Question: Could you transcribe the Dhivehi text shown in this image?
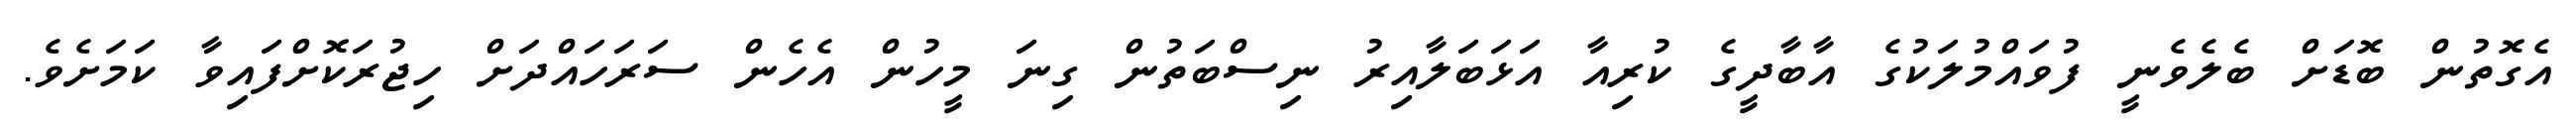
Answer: އެގޮތުން ބޮޑަށް ބެލެވެނީ ފުވައްމުލަކުގެ އާބާދީގެ ކުރިއާ އަޅަބަލާއިރު ނިސްބަތުން ގިނަ މީހުން އެހެން ސަރަހައްދަށް ހިޖުރަކޮށްފައިވާ ކަމަށެވެ.